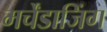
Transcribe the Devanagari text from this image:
मर्चेंडाजिंग